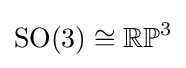
\mathrm {SO} (3)\cong \mathbb {RP} ^{3}